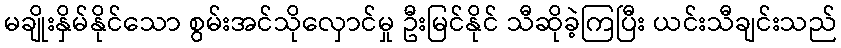
မချိုးနှိမ်နိုင်သော စွမ်းအင်သိုလှောင်မှု ဦးမြင်နိုင် သီဆိုခဲ့ကြပြီး ယင်းသီချင်းသည်